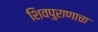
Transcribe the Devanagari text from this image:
शिवपुराणाचा